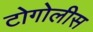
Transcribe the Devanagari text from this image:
टोगोलीस